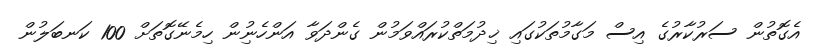
އެގޮތުން ސަރުކާރުގެ އިސް މަގާމުތަކުގައި ޚިދުމަތްކުރައްވަމުން ގެންދަވާ އަންހެނުިން ހިމެނޭގޮތަށް 100 ކަނބަލުން